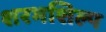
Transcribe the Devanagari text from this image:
शरभशिल्प